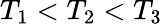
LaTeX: T_{1}<T_{2}<T_{3}